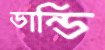
ডান্ডি